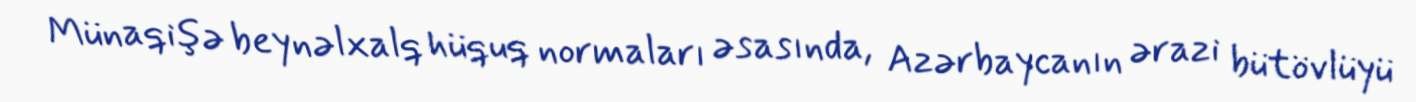
Münaqişə beynəlxalq hüquq normaları əsasında, Azərbaycanın ərazi bütövlüyü